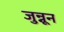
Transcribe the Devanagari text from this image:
जुन्नून